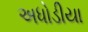
અધોડીયા